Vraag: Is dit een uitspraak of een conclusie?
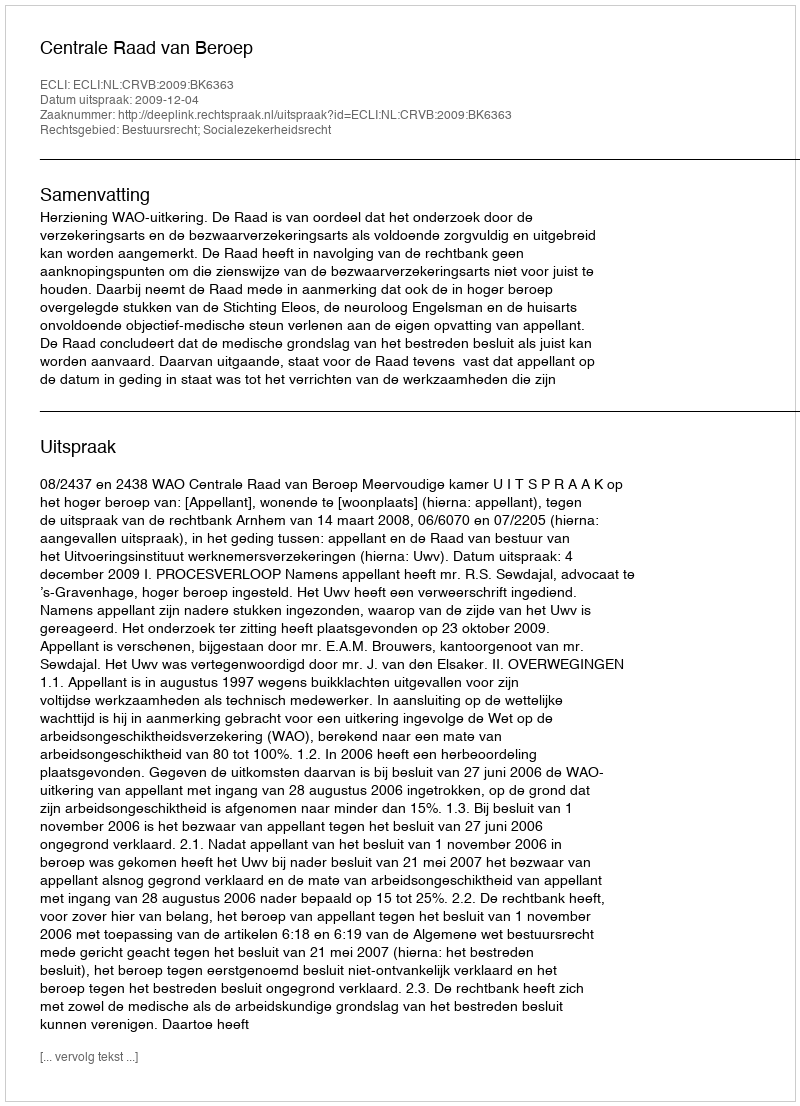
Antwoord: Uitspraak